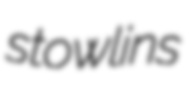
stowlins